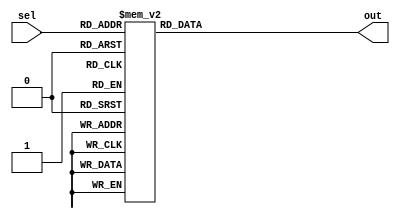
module decoder(
  input [3:0] sel,
  output reg [15:0] out
);

  always @* begin
    case(sel)
      4'b0000: out = 16'b0000000000000001;
      4'b0001: out = 16'b0000000000000010;
      4'b0010: out = 16'b0000000000000100;
      4'b0011: out = 16'b0000000000001000;
      4'b0100: out = 16'b0000000000010000;
      4'b0101: out = 16'b0000000000100000;
      4'b0110: out = 16'b0000000001000000;
      4'b0111: out = 16'b0000000010000000;
      4'b1000: out = 16'b0000000100000000;
      4'b1001: out = 16'b0000001000000000;
      4'b1010: out = 16'b0000010000000000;
      4'b1011: out = 16'b0000100000000000;
      4'b1100: out = 16'b0001000000000000;
      4'b1101: out = 16'b0010000000000000;
      4'b1110: out = 16'b0100000000000000;
      4'b1111: out = 16'b1000000000000000;
      default: out = 16'b0000000000000000;
    endcase
  end

endmodule